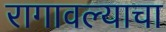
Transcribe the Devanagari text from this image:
रागावल्याचा